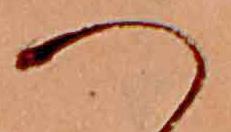
へ